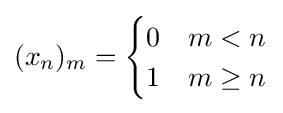
(x_{n})_{m}={\begin{cases}0&m<n\\1&m\geq n\end{cases}}